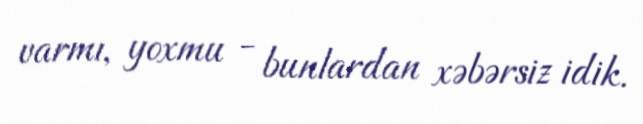
varmı, yoxmu - bunlardan xəbərsiz idik.